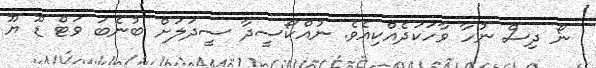
ނޯ ދިސް ނުހާ ވާހަކަދެއްކިއެވެ. ނުއްކޯސީދާ ސީދަލަށް ބުނެބަ ވަޓް ޑޫ ޔޫ